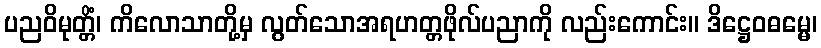
ပညဝိမုတ္တိံ၊ ကိလောသာတို့မှ လွတ်သောအရဟတ္တဖိုလ်ပညာကို လည်းကောင်း။ ဒိဋ္ဌေဝဓမ္မေ၊